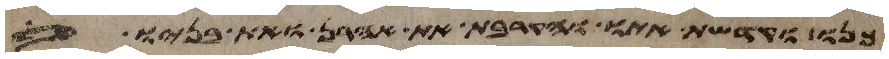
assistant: כנו וקדשת אתו והקרבת את אהרן ואת בניו אל